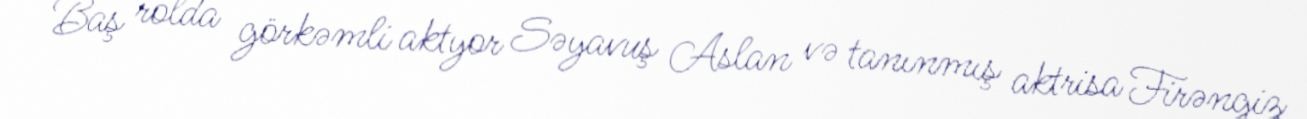
Baş rolda görkəmli aktyor Səyavuş Aslan və tanınmış aktrisa Firəngiz